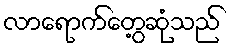
လာရောက်တွေ့ဆုံသည်